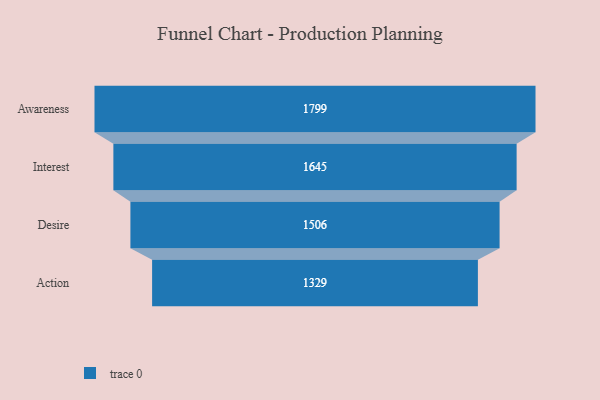
{"axis": {"x": "Stage", "y": "Value"}, "legend": [""], "data": [{"x": "Awareness", "y": 1799.0, "type": ""}, {"x": "Interest", "y": 1645.0, "type": ""}, {"x": "Desire", "y": 1506.0, "type": ""}, {"x": "Action", "y": 1329.0, "type": ""}]}